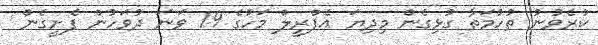
ކުރެވުނު ތުހުމަތާ ގުޅިގެން މިދިޔަ އެޕްރީލް މަހުގެ 19 ވަނަ ދުވަހުން ފެށީގެން